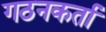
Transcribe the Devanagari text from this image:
गठनकर्ता